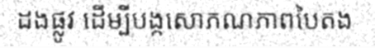
ដងផ្លូវ ដើម្បីបង្កសោភណភាពបៃតង